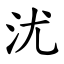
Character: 沋